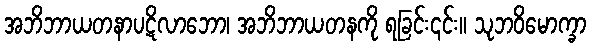
အဘိဘာယတနာပဋိလာဘော၊ အဘိဘာယတနကို ရခြင်း၎င်း။ သုဘဝိမောက္ခာ